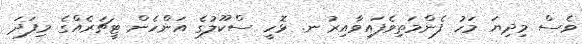
ވެސް މިދިޔަ މަހު ފެންމަތިވެފައިވާއިރު ނ. ޅޮހީ ސްކޫލުގެ އަންހެން ޓީޗަރެއްގެ މިފަދަ